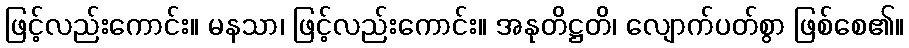
ဖြင့်လည်းကောင်း။ မနသာ၊ ဖြင့်လည်းကောင်း။ အနုတိဋ္ဌတိ၊ လျောက်ပတ်စွာ ဖြစ်စေ၏။